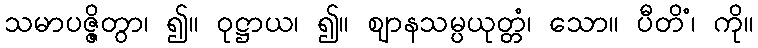
သမာပဇ္ဇိတွာ၊ ၍။ ဝုဋ္ဌာယ၊ ၍။ ဈာနသမ္ပယုတ္တံ၊ သော။ ပီတိံ၊ ကို။